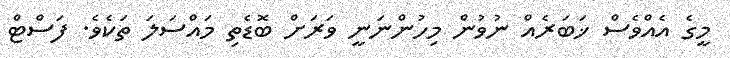
މީގެ އެއްވެސް ޚަބަރެއް ނުވުން މިހުންނަނީ ވަރަށް ބޮޑެތި މައްސަލަ ތަކެވެ. ފަސްޓް